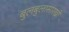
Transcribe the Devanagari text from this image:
बुलबुलासारखी